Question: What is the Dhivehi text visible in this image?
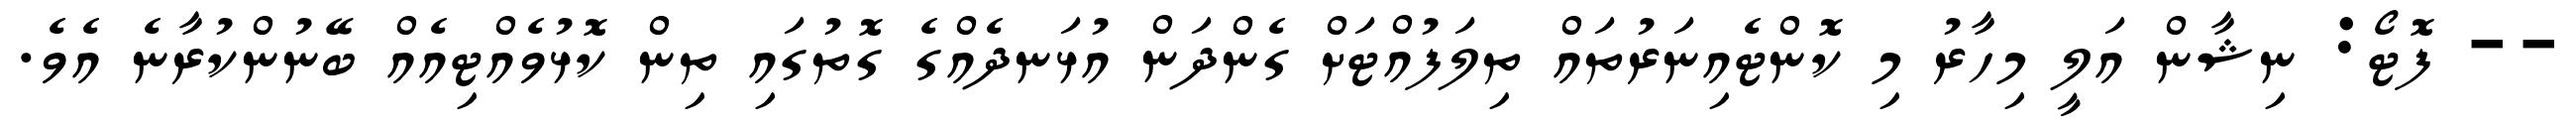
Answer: -- ފޮޓޯ: ނިޝާން އަލީ މިހާރު މި ކޮންޓެއިނަރުތައް ތިލަފުއްޓަށް ގެންދަން އުޅަނދެއްގެ ގޮތުގައި ތިން ކޮޅުވެއްޓިއެއް ބޭނުންކުރާނެ އެވެ.